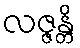
လဇ္ဇန္တိ